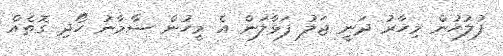
ފުލުހުން މިހާރު ދަނީ ޖަލު ފަޅާލަން އެ މީހުން ސާމާނު ހޯދި ގޮތެއް